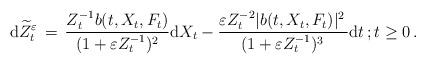
LaTeX: \begin{align*}{\mathrm d} \widetilde{Z}_{t}^{\varepsilon} \, =\, \frac{Z_{t}^{-1} b(t, X_{t}, F_{t}) }{\, (1 + \varepsilon Z_{t}^{-1})^{2}\, } {\mathrm d} X_{t} - \frac{\varepsilon Z_{t}^{-2} \lvert b(t, X_{t}, F_{t}) \rvert^{2}\, }{ ( 1 + \varepsilon Z_{t}^{-1})^{3}\, } {\mathrm d} t \, ; t \ge 0 \, . \end{align*}